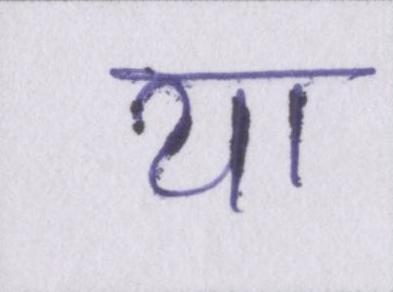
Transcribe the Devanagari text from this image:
या